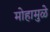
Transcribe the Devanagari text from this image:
मोहामुळे